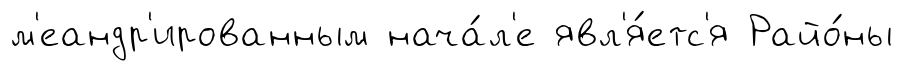
м'еандр'ированным нача́л'е явл'я́етс'я Райо́ны